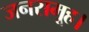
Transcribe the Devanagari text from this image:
जनसमूह।